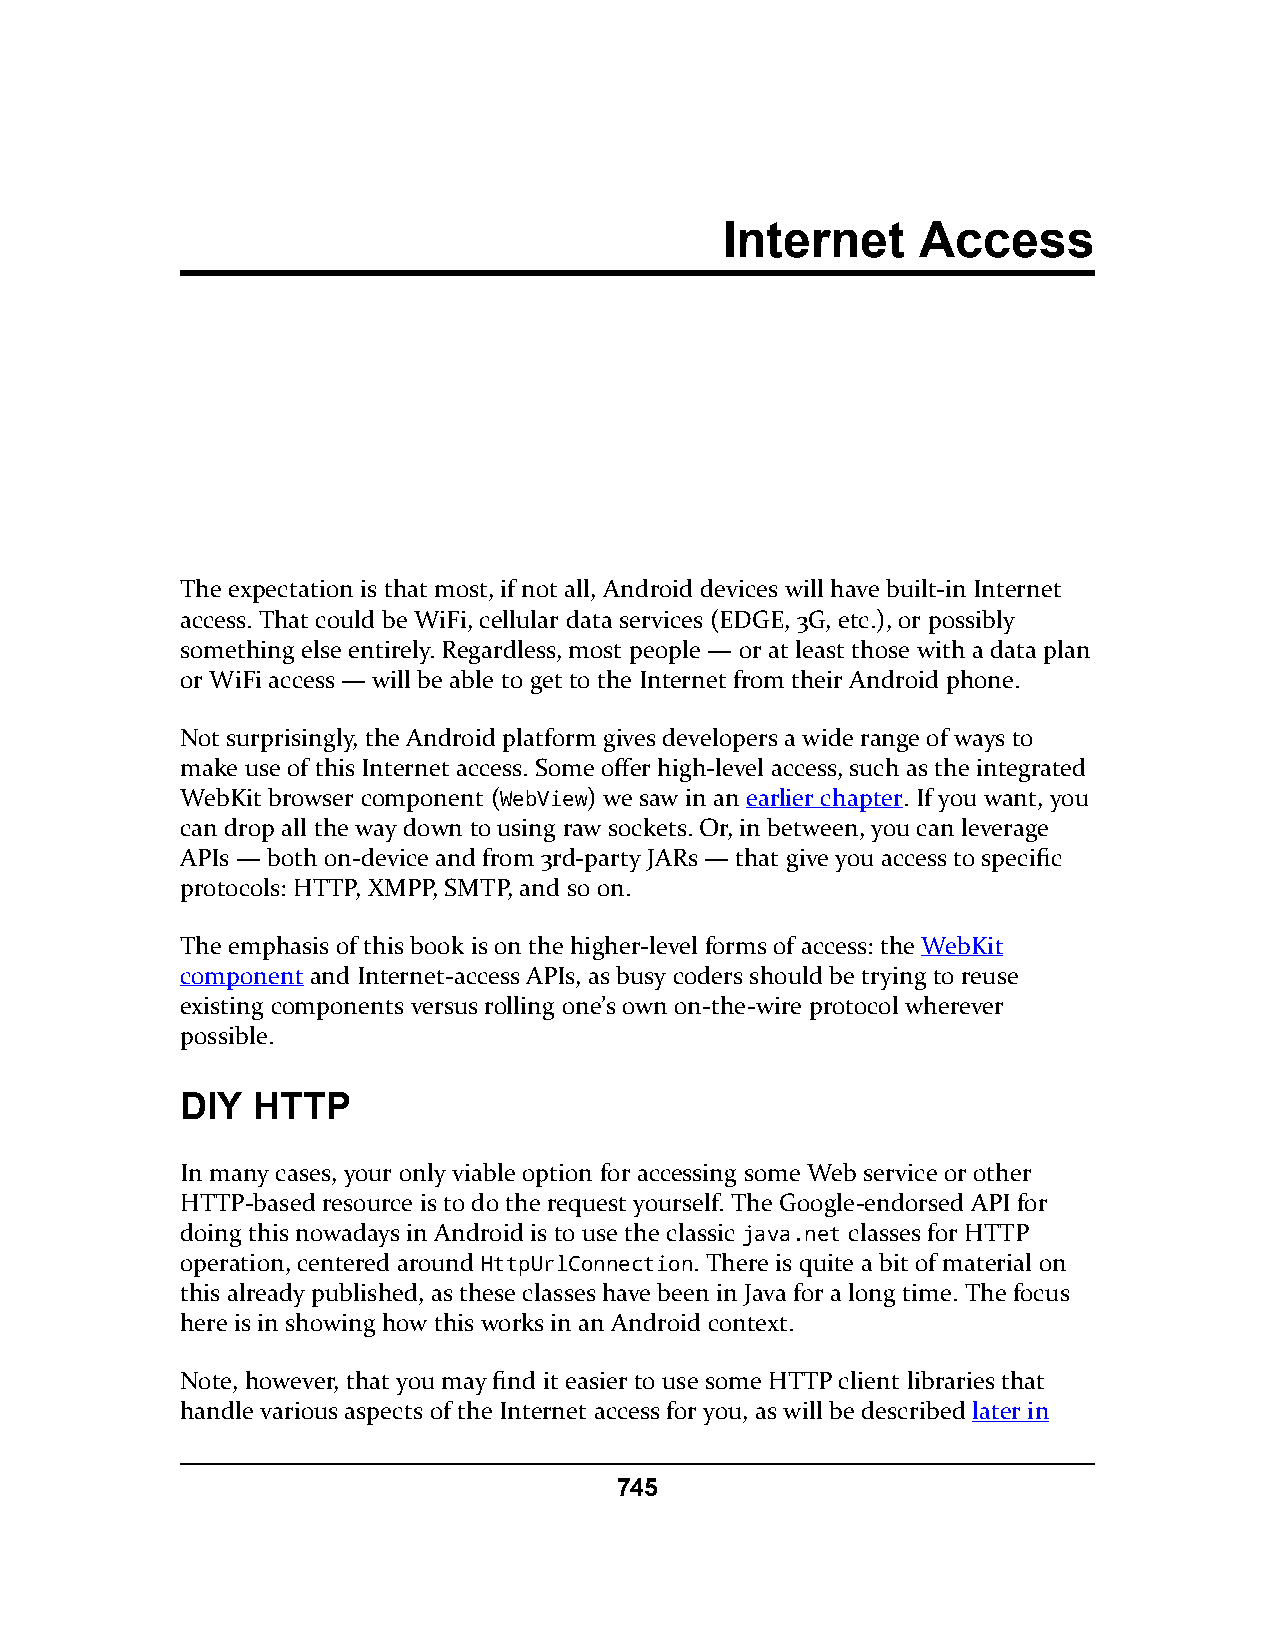
Internet     Access
 The expectation is that most, if not all, Android devices will have built-in Internet
 access. That could be WiFi, cellular data services (EDGE, 3G, etc.), or possibly
 something else entirely. Regardless, most people — or at least those with a data plan
 or WiFi access — will be able to get to the Internet from their Android phone.
 Not surprisingly, the Android platform gives developers a wide range of ways to
 make use of this Internet access. Some offer high-level access, such as the integrated
 WebKit browser component (WebView) we saw in an earlier chapter. If you want, you
 can drop all the way down to using raw sockets. Or, in between, you can leverage
 APIs — both on-device and from 3rd-party JARs — that give you access to specific
 protocols: HTTP, XMPP, SMTP, and so on.
 The emphasis of this book is on the higher-level forms of access: the WebKit
 component and Internet-access APIs, as busy coders should be trying to reuse
 existing components versus rolling one’s own on-the-wire protocol wherever
 possible.
 DIY  HTTP
 In many cases, your only viable option for accessing some Web service or other
 HTTP-based resource is to do the request yourself. The Google-endorsed API for
 doing this nowadays in Android is to use the classic java.net classes for HTTP
 operation, centered around HttpUrlConnection. There is quite a bit of material on
 this already published, as these classes have been in Java for a long time. The focus
 here is in showing how this works in an Android context.
 Note, however, that you may find it easier to use some HTTP client libraries that
 handle various aspects of the Internet access for you, as will be described later in
 745